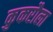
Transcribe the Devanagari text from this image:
कुकरौला